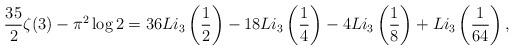
LaTeX: \begin{align*} \frac{35}{2} \zeta(3) - \pi^2 \log 2= 36 Li_3\left(\frac{1}{2}\right) - 18 Li_3\left(\frac{1}{4}\right)- 4 Li_3\left(\frac{1}{8}\right) + Li_3\left(\frac{1}{64}\right), \end{align*}